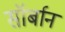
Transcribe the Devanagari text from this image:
सॉर्बान